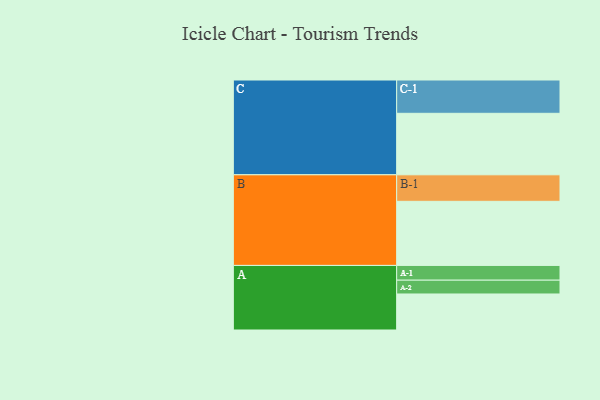
{"axis": {"x": "Segment", "y": "Value"}, "legend": ["", "A", "B", "C"], "data": [{"x": "A", "y": 318, "type": ""}, {"x": "B", "y": 566, "type": ""}, {"x": "C", "y": 543, "type": ""}, {"x": "A-1", "y": 130, "type": "A"}, {"x": "A-2", "y": 122, "type": "A"}, {"x": "B-1", "y": 234, "type": "B"}, {"x": "C-1", "y": 294, "type": "C"}]}